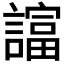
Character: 𧬙